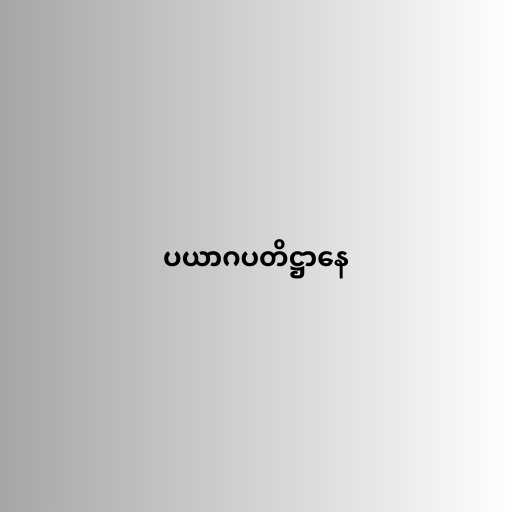
ပယာဂပတိဋ္ဌာနေ